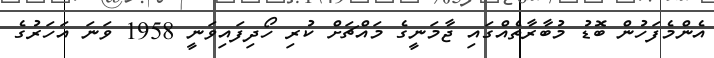
އެންމެފަހުން ބޮޑު މުބާރާތެއްގައި ޖާމަނީގެ މައްޗަށް ކުރި ހޯދިފައިވަނީ 1958 ވަނަ އަހަރުގެ